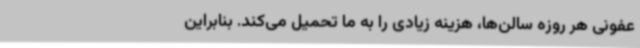
عفونی هر روزه سالن‌ها، هزینه زیادی را به ما تحمیل می‌کند. بنابراین